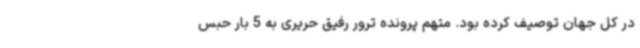
در کل جهان توصیف کرده بود. متهم پرونده ترور رفیق حریری به 5 بار حبس